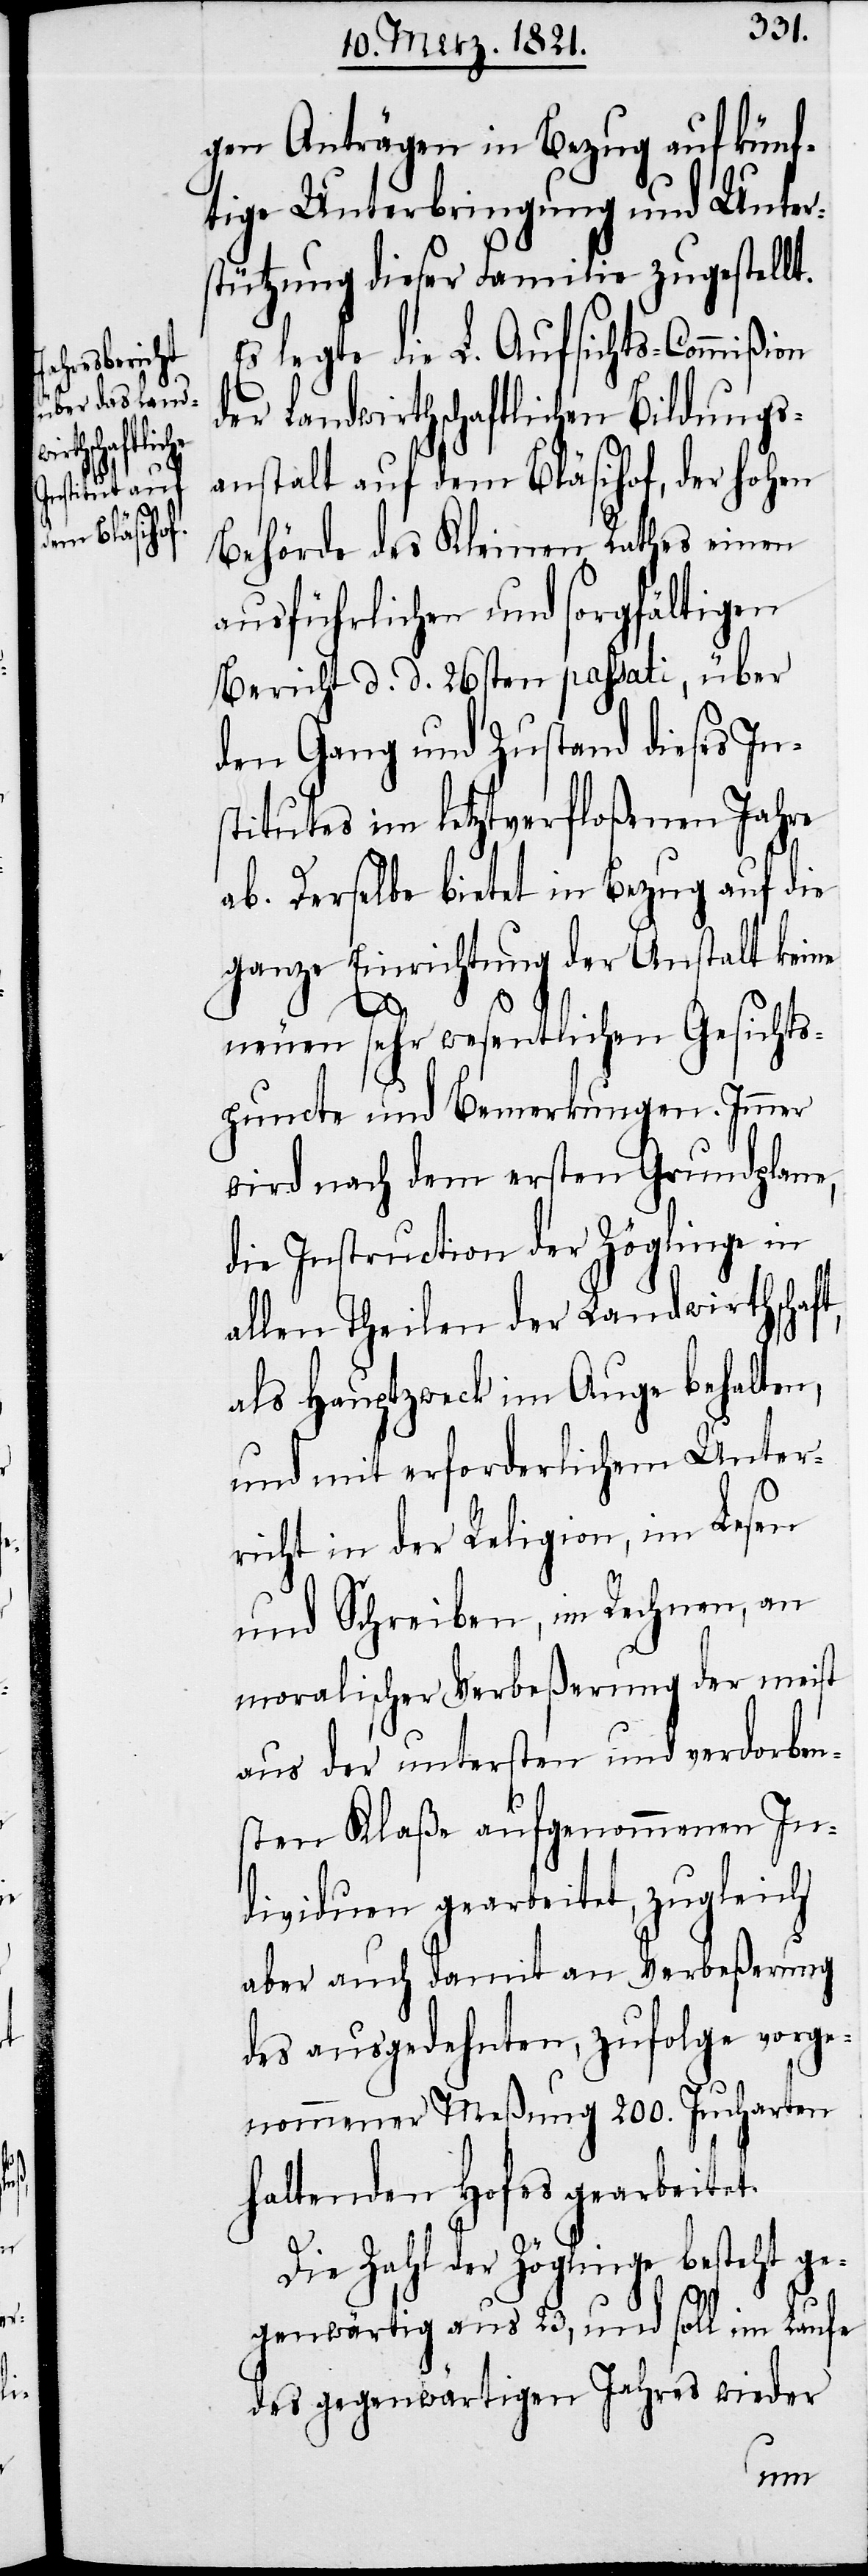
gen Anträgen in Bezug auf künf¬
tige Unterbringung und Unter¬
stützung dieser Familie zugestellt.
Es legte die L. Aufsichts-Commißion
der Landwirthschaftlichen Bildungs¬
anstalt auf dem Bläsihof, der hohen
Behörde des Kleinen Rathes einen
ausführlichen und sorgfältigen
Bericht d. d. 26sten passati, über
den Gang und Zustand dieses In¬
stitutes im letztverfloßenen Jahre
ab. Derselbe bietet in Bezug auf die
ganze Einrichtung der Anstalt keine
neuen sehr wesentlichen Gesichts¬
punkte und Bemerkungen. Immer
wird nach dem ersten Grundplane,
die Instruction der Zöglinge in
allen Theilen der Landwirthschaft,
als Hauptzweck im Auge behalten,
und mit erforderlichem Unter¬
richt in der Religion, im Lesen
und Schreiben, im Rechnen, an
moralischer Verbeßerung der meist
aus der untersten und verdorben¬
sten Klaße aufgenommenen In¬
dividuen gearbeitet, zugleich
aber auch damit an Verbeßerung
des ausgedehnten, zufolge vorge¬
nommener Meßung 200. Jucharten
haltenden Hofes gearbeitet.
Die Zahl der Zöglinge besteht
gegenwärtig aus 23, und soll im Laufe
des gegenwärtigen Jahres wieder